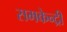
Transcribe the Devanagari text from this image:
समकेन्द्री